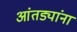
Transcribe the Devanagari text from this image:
आंतड्यांना